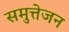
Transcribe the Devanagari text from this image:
समुत्तेजन